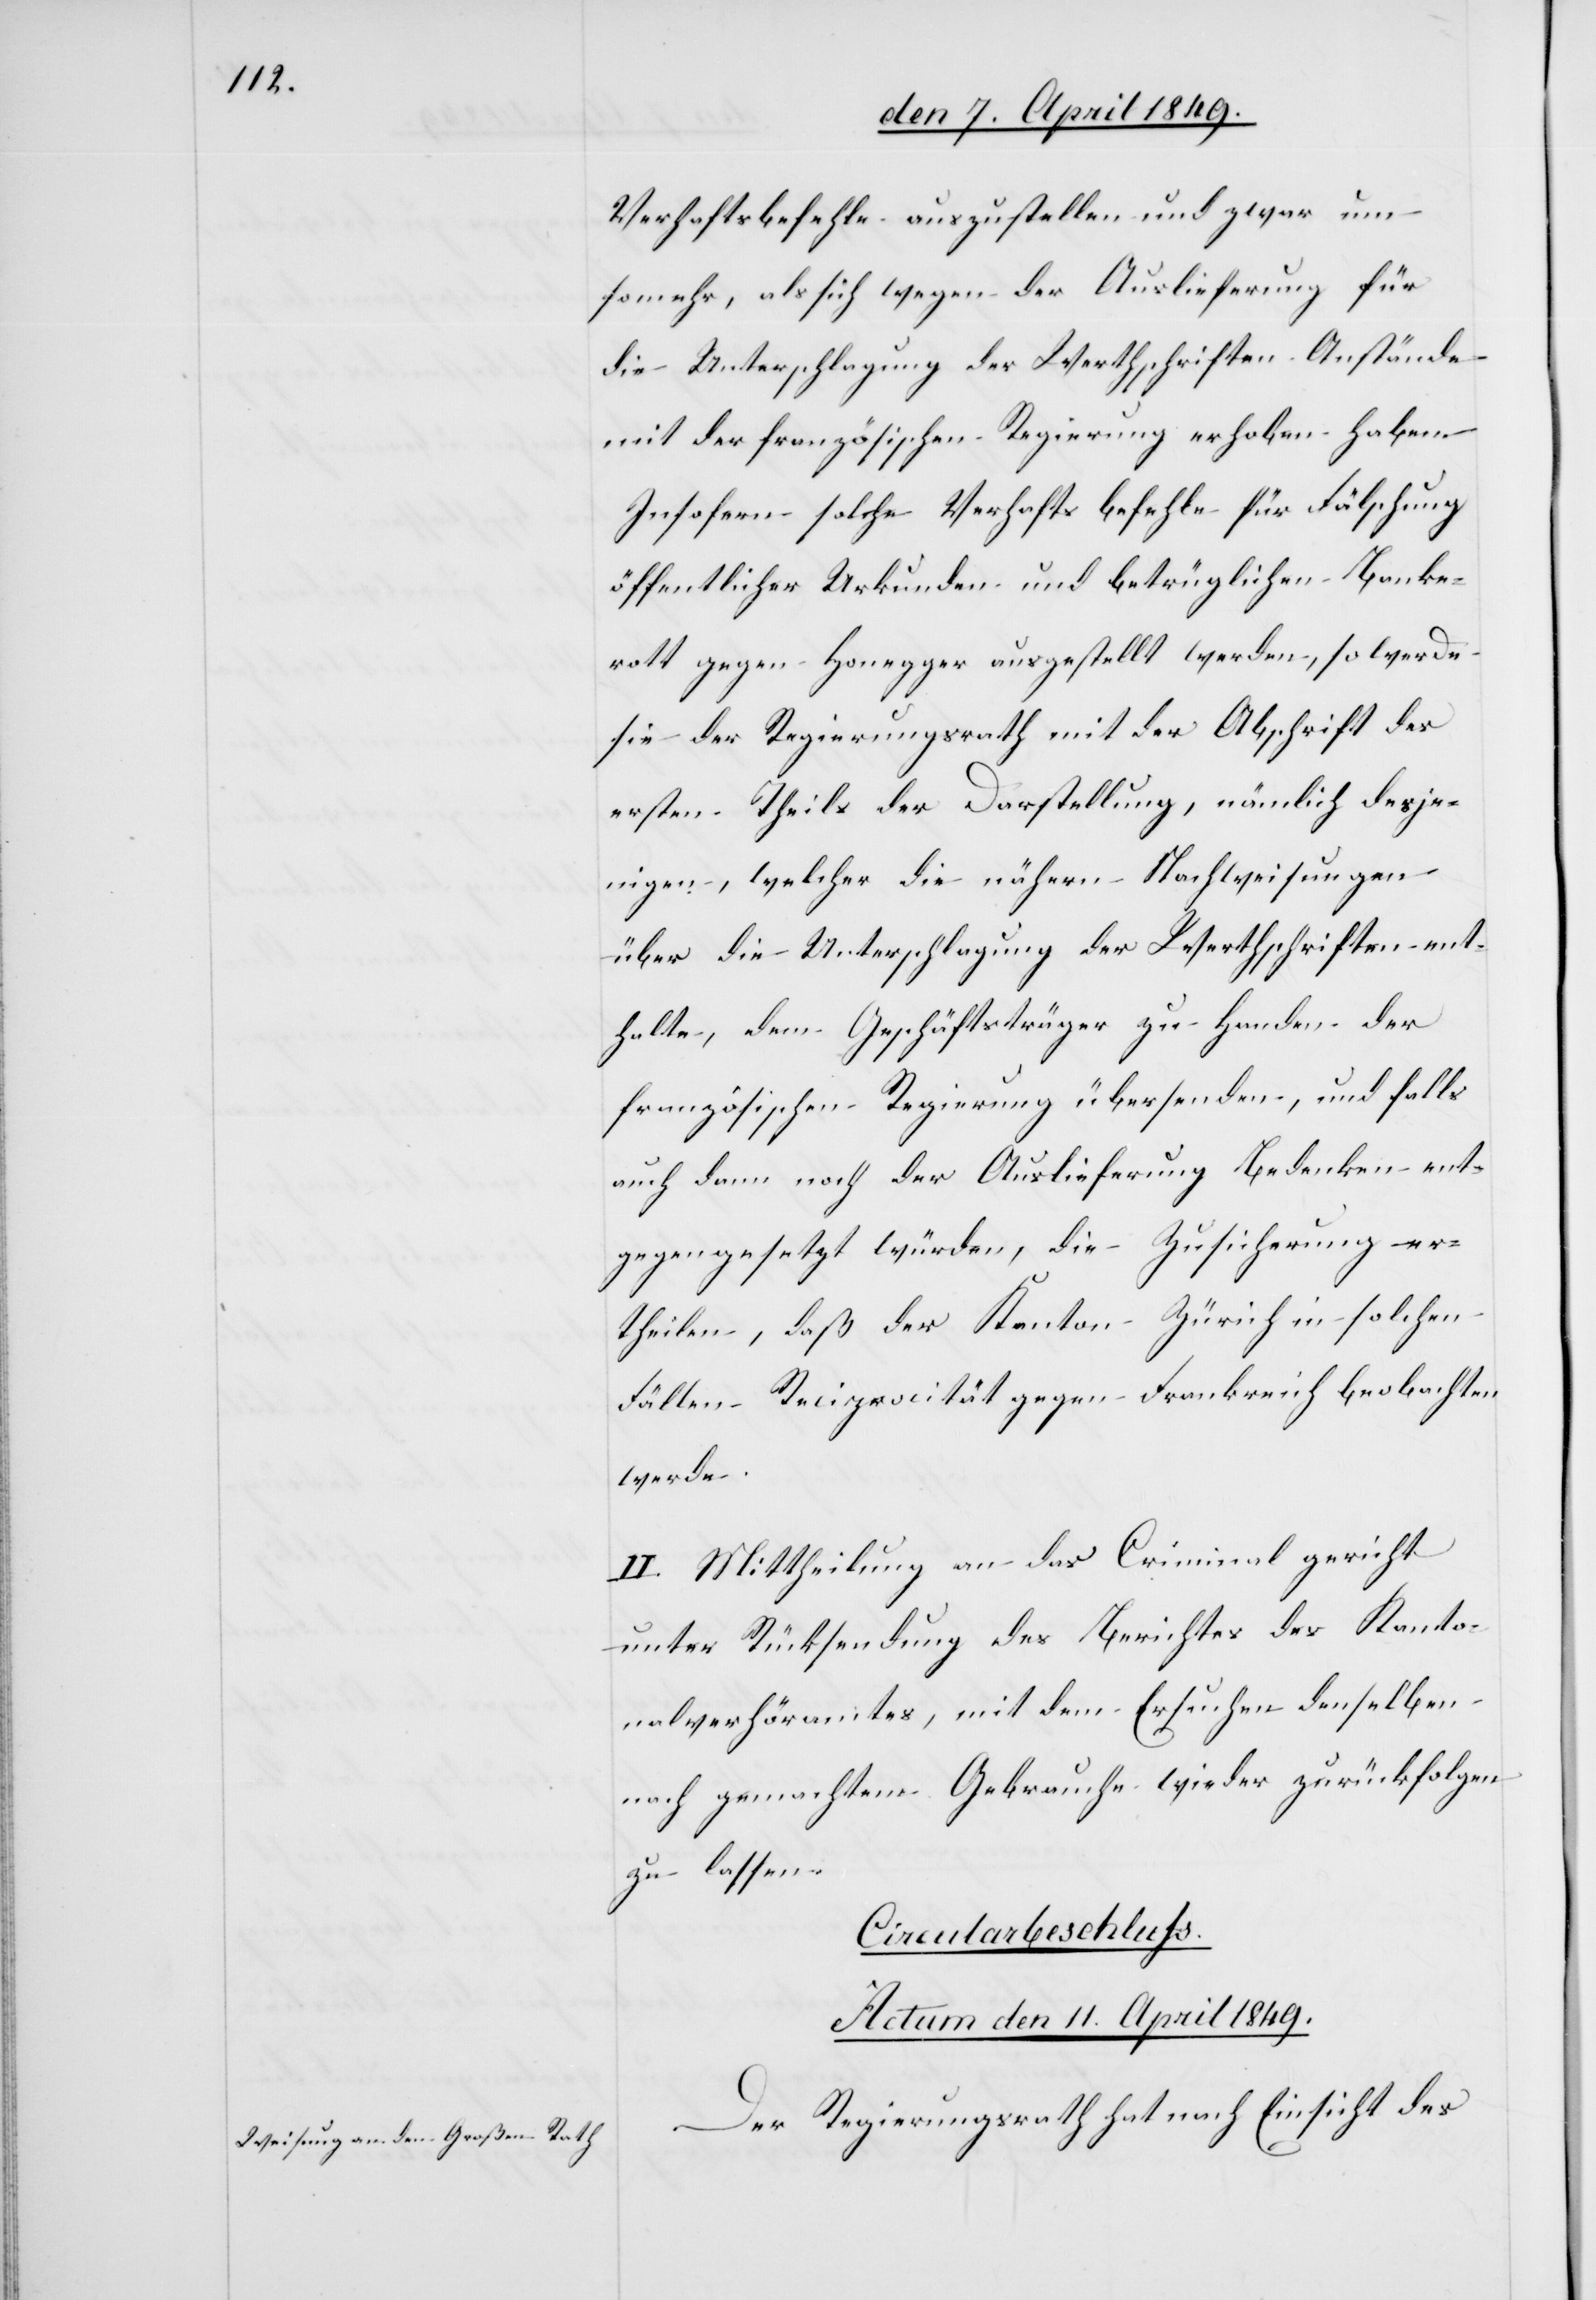
Verhaftsbefehle auszustellen und zwar um¬
somehr, als sich wegen der Auslieferung für
die Unterschlagung der Werthschriften Anstände
mit der französischen Regierung erhoben haben.
Insofern solche Verhafts befehle für Fälschung
öffentlicher Urkunden und betrüglichen Banke¬
rott gegen Honegger ausgestellt werden, so werde
sie der Regierungsrath mit der Abschrift des
ersten Theils der Darstellung, nämlich desje¬
nigen, welcher die nähern Nachweisungen
über die Unterschlagung der Werthschriften ent¬
halte, dem Geschäftsträger zu Handen der
französischer Regierung übersenden, und falls
auch dann noch der Auslieferung Bedenken ent¬
gegengesetzt würden, die Zusicherung er¬
theilen, daß der Kanton Zürich in solchen
Fällen Reciprocität gegen Frankreich beobachten
werde.
II. Mittheilung an das Criminalgericht
unter Rücksendung des Berichtes des Kanto¬
nalverhöramtes, mit dem Ersuchen denselben
nach gemachtem Gebrauche wieder zurückfolgen
zu lassen.
Circularbeschluss.
Actum den 11. April 1849.
Der Regierungsrath hat nach Einsicht des